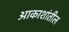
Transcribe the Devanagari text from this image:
आकाशांतील